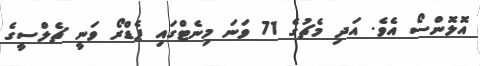
އޮލޮންސޯ އެވެ. އަދި މެޗުގެ 71 ވަނަ މިނެޓްގައި ޕެޑްރޯ ވަނީ ޗެލްސީގެ